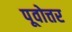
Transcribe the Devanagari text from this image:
पूवोत्तर